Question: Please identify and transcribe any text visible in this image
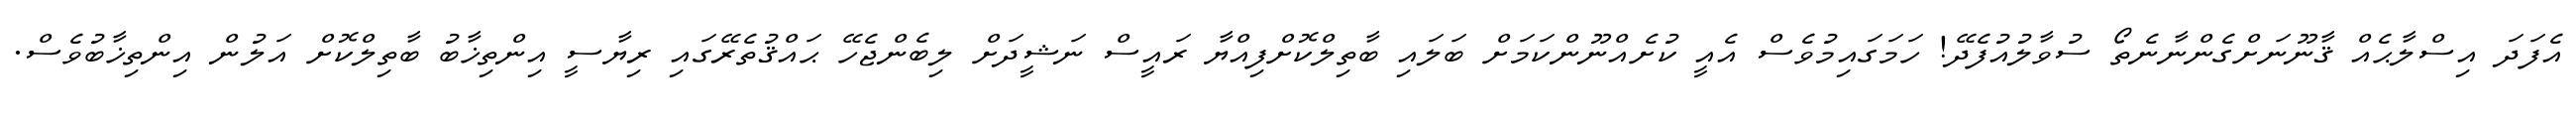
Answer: އެފަދަ އިސްލާޙެއް ޤާނޫނަށްގެންނާނެތޯ ސުވާލުއުފެދޭ! ހަމަގައިމުވެސް އެއީ ކުށެއްނޫންކަމަށް ބަލައި ބާތިލްކޮށްފިއްޔާ ރައީސް ނަޝީދަށް ލިބެންޖެހޭ ޙައްޤުތެރޭގައި ރިޔާސީ އިންތިޚާބު ބާތިލްކޮށް އަލުން އިންތިޚާބުވެސް.